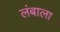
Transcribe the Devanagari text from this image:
लंबाला